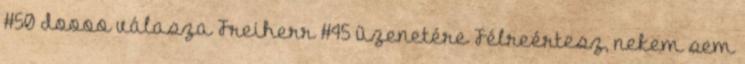
#50 doooo válasza Freiherr #45 üzenetére Félreértesz, nekem sem